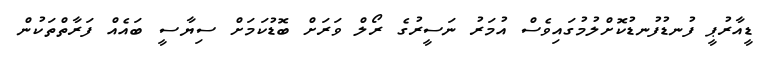
ޑީއާރުޕީ ފުނޑުފުނޑުކޮށްލުމުގައިވެސް އުމަރު ނަސީރުގެ ރޯލް ވަރަށް ބޮޑުކަމަށް ސިޔާސީ ބައެއް ފަރާތްތަކުން